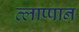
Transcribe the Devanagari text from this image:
त्लाप्पान